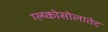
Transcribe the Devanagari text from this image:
ग्ल्य्कोसोलातेद